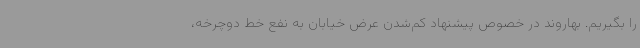
را بگیریم. بهاروند در خصوص پیشنهاد کم‌شدن عرض خیابان به نفع خط دوچرخه،